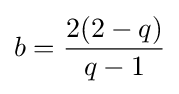
b={\frac {2(2-q)}{q-1}}